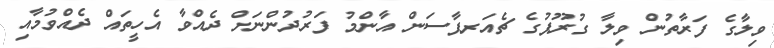
ވިލާގެ ފަރާތުން ވިލާ ގުރޫޕުގެ ޗެއަރޕާސަން އާންމު ފަރުދުންނަށް ދެއްވާ އެހީތައް ދެއްވުމާއި